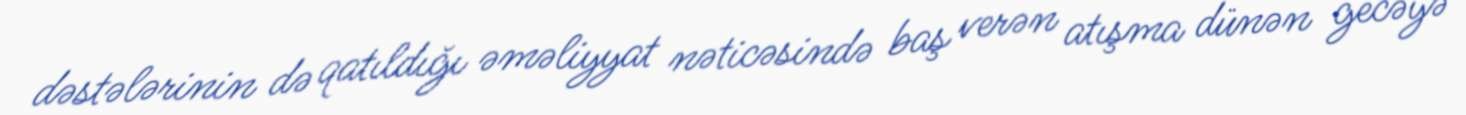
dəstələrinin də qatıldığı əməliyyat nəticəsində baş verən atışma dünən gecəyə